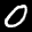
Label: 0